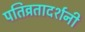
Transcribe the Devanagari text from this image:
पतिव्रतादर्शनी